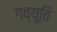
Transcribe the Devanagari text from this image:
गव्यूति